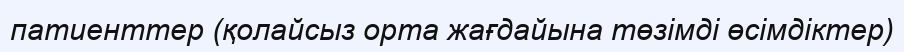
патиенттер (қолайсыз орта жағдайына төзімді өсімдіктер)